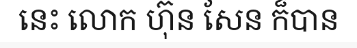
នេះ លោក ហ៊ុន សែន ក៏បាន